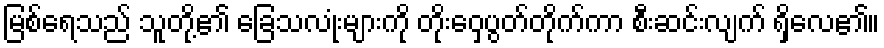
မြစ်ရေသည် သူတို့၏ ခြေသလုံးများကို တိုးဝှေ့ပွတ်တိုက်ကာ စီးဆင်းလျက် ရှိလေ၏။